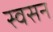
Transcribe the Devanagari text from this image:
स्वसन